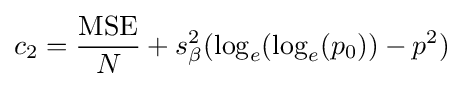
c_{2}={\frac {\text{MSE}}{N}}+s_{\beta }^{2}(\log _{e}(\log _{e}(p_{0}))-p^{2})